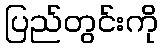
ပြည်တွင်းကို